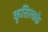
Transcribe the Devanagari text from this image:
कृतित्वके